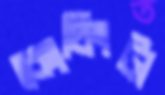
কোচিংটা